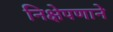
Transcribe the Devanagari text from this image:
निक्षेपणाने